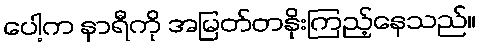
ပေါ့က နာရီကို အမြတ်တနိုးကြည့်နေသည်။